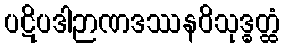
ပဋိပဒါဉာဏဒဿနဝိသုဒ္ဓတ္ထံ